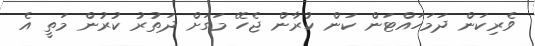
ވެރިކަން ދަމަހައްޓަން ކަން ކުރާން ޖެހޭ މަގަށް ދަތުރު ކުރުން މަތީ އެ